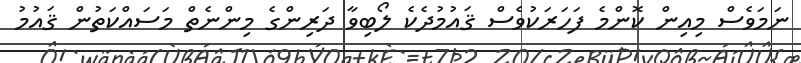
ނަމަވެސް މިއިން ކޮންމެ ފަހަރަކުވެސް ޤައުމުދެކެ ލޯބިވާ ދަރިންގެ މިންނެތް މަސައްކަތުން ޤައުމު